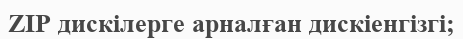
ZIP дискілерге арналған дискіенгізгі;